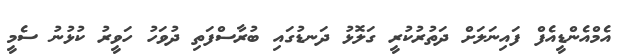
އެމްއެންޑީއެފް ފައިނަލަށް ދަތުރުކުރީ ގަލޮޅު ދަނޑުގައި ބުރާސްފަތި ދުވަހު ހަވީރު ކުޅުނު ސެމީ